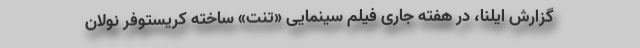
گزارش ایلنا، در هفته جاری فیلم سینمایی «تنت» ساخته کریستوفر نولان